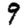
Digit: 9